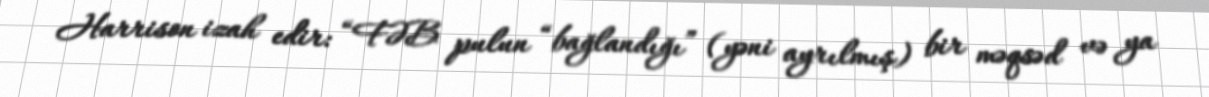
Harrison izah edir: “FƏB pulun “bağlandığı” (yəni ayrılmış) bir məqsəd və ya